Vabadussoja_Ajaloo_Komitee, lk 17
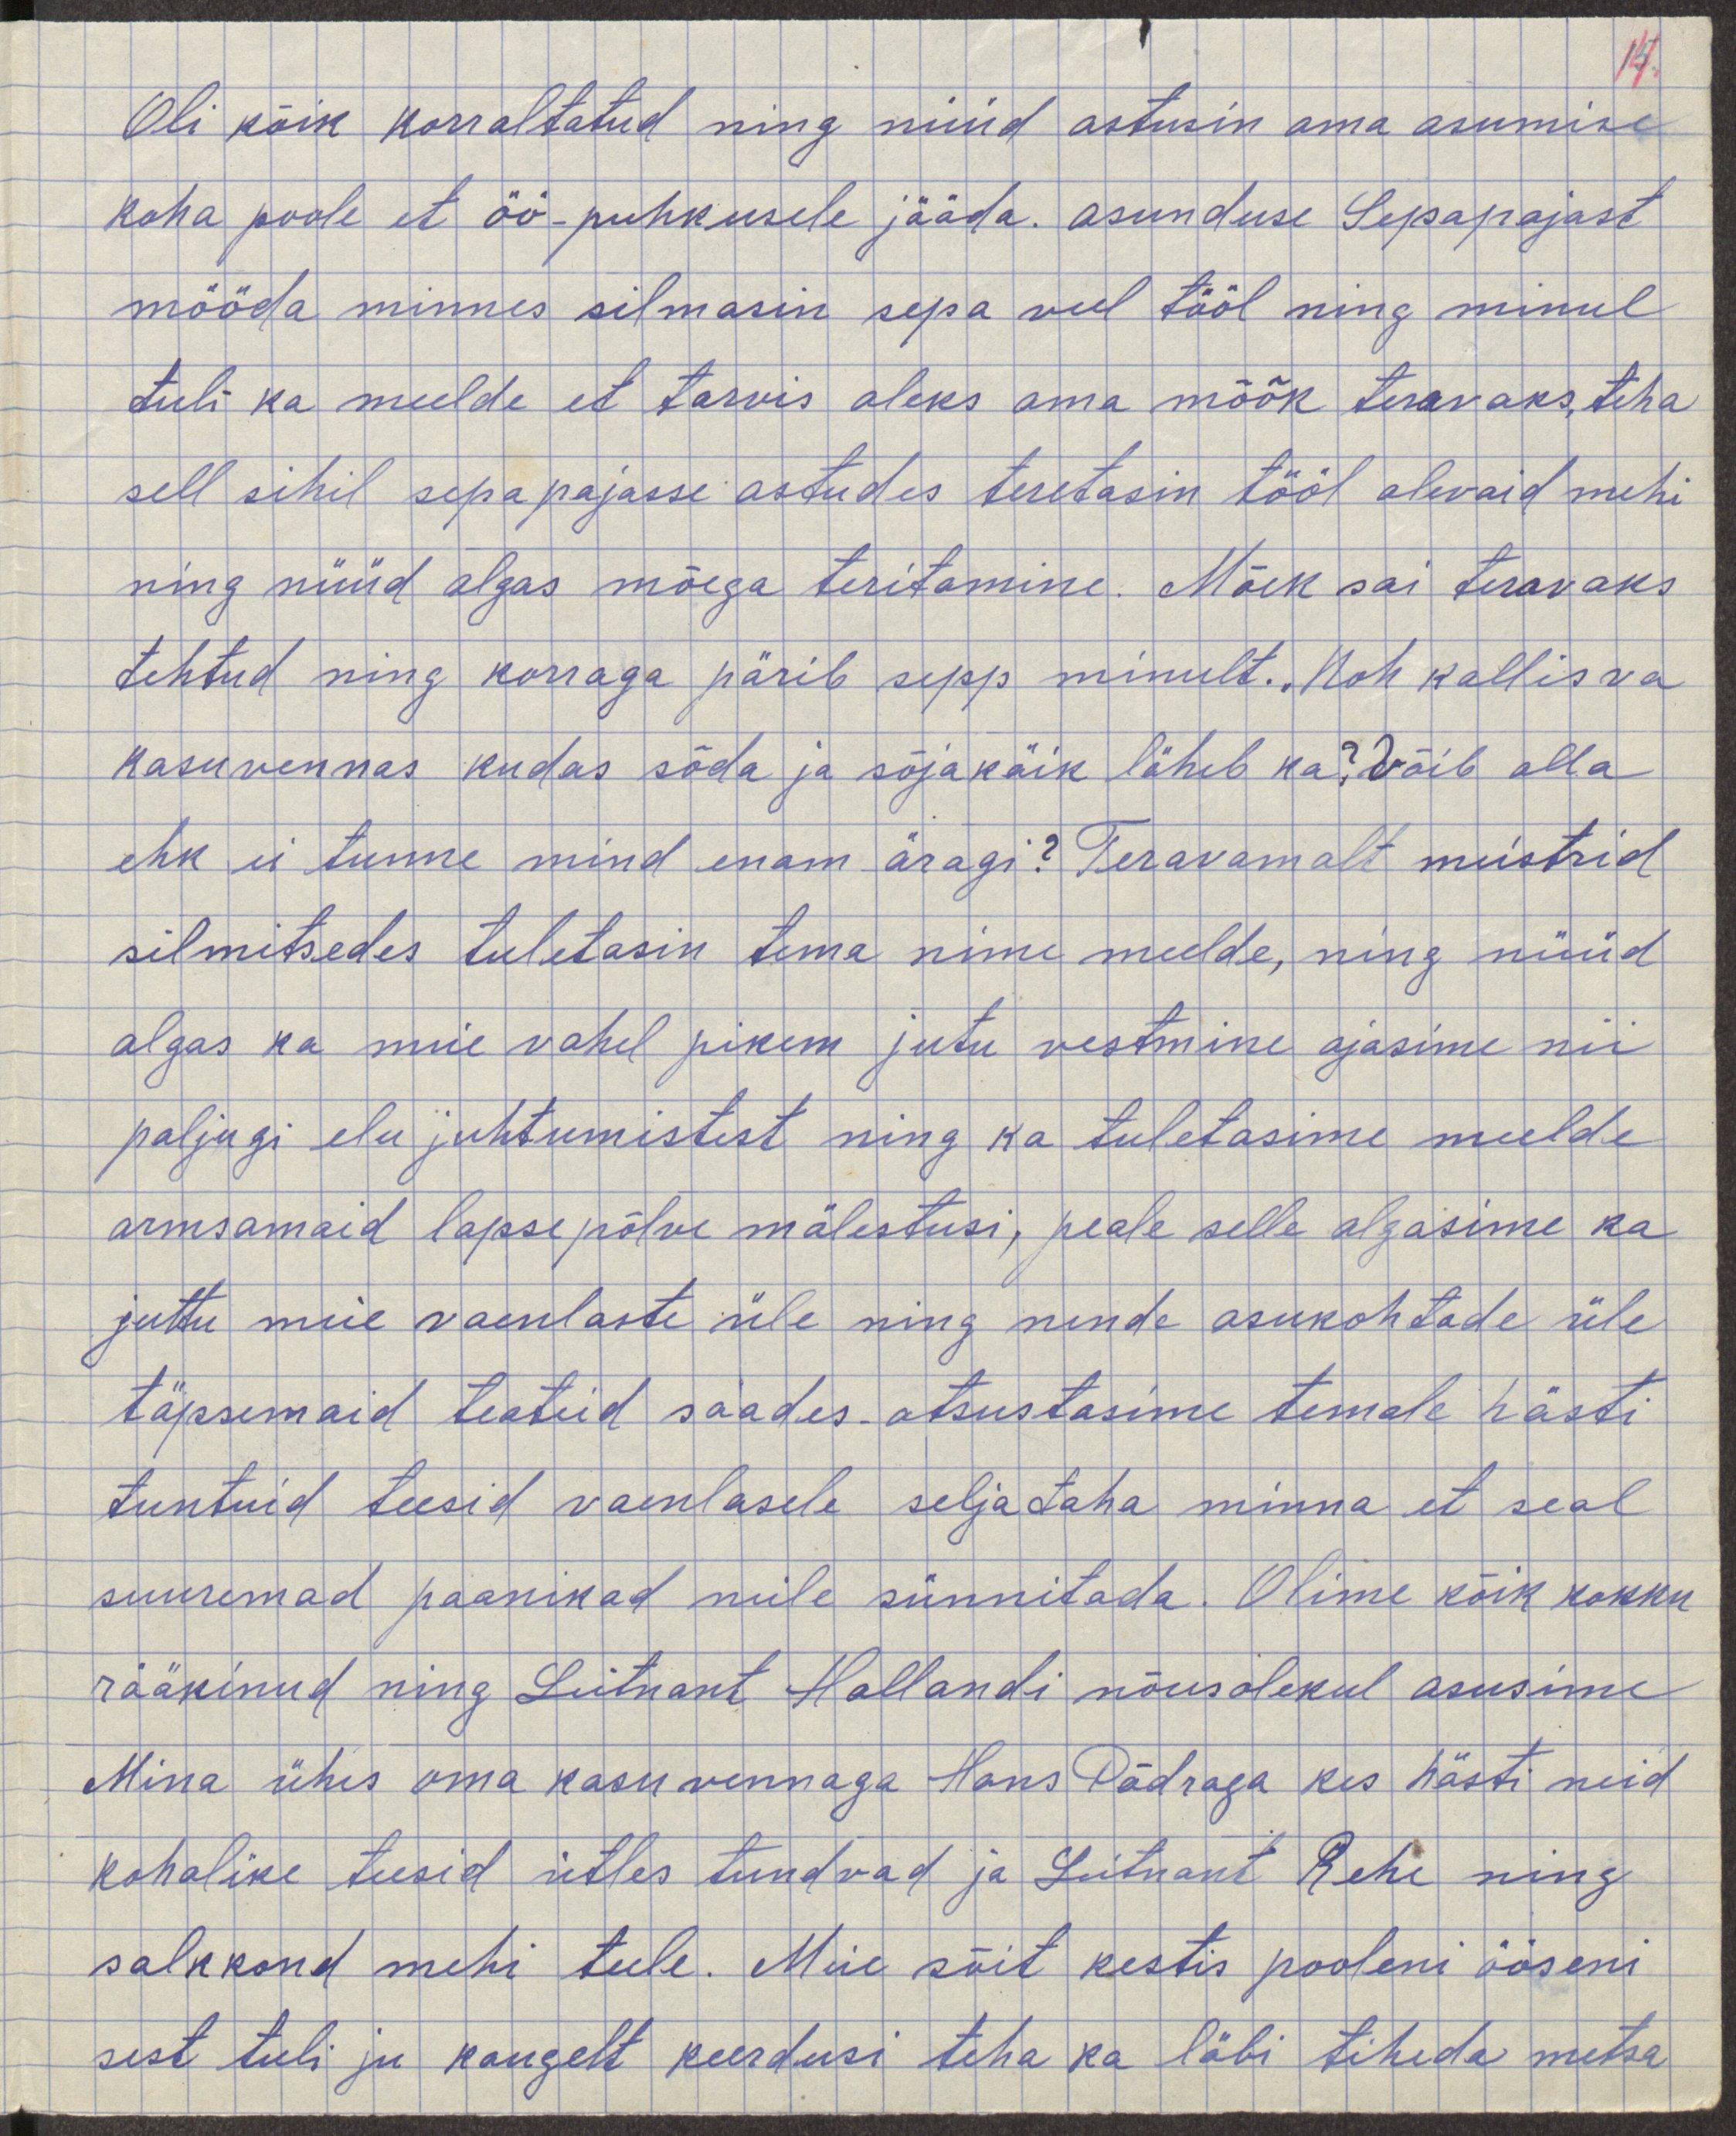
Oli kõik korraldatud ning nüüd astusime oma asumise
kohe poole et öö puhkusele jääda asunduse Sepapajast
mööda minnes silmasin sepa veel tööl ning minul
tuli ka meelde et tarvis oleks oma mõõk teravaks teha
sell sihil sepapajasse astudes teretasin tööl olevaid mehi
ning nüüd algas mõega teritamine. Mõek sai teravaks
tehtud ning korraga pärib sepp minult. "Noh, kallis va
kasuvennas kudas sõda ja sõjakäik läheb ka? Võib olla
ehk ei tunne mind enam äragi? Teravamalt meistrid
silmitsedes tuletasin tema nime meelde, ning nüüd
algas ka meie vahel pikem jutu vestmine ajasime nii
palju elu juhtumistest ning ka tuletasime meelde
armsamaid lapsepõlve mälestusi, peale selle ajasime ka
juttu meie vaenlaste üle ning nende asukohtade üle
täpsemaid teateid saades otsustasime temale hästi
tuntuid teesid vaenlasele seljataha minna et seal
suuremad paanikad neile sünnitada. Olime kõik kokku
rääkinud ning Leitant Hollandi nõusolekul asusime
Mina ühes oma kasuvennaga Hans Põdraga kes hästi meid
kohalike teesid ütles tundvad ja Leitnant Rehe ning
salkkond mehi teele. Meie sõit kestis pooleni ööseni
sest tuli ju kaugelt keerdusi teha ka läbi tiheda metsa